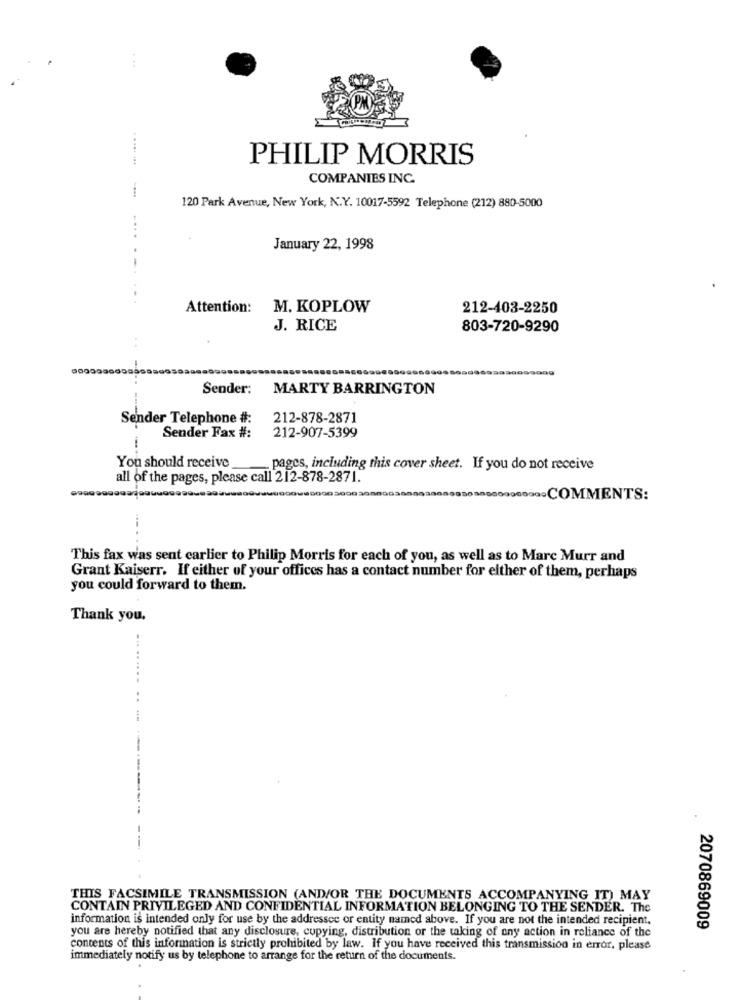
. ..
..... ...
PHILIP MORRIS
COMPANIES INC.
120 Park Avenue, New York, N.Y. 10017-5592 Telephone (212) 880-5000
January 22, 1998
Attention:
M. KOPLOW
212-403-2250
J. RICE
803-720-9290
..
Sender: MARTY BARRINGTON
Sender Telephone #:
212-878-2871
212-907-5399
Sender Fax #:
You should receive
pages, including this cover sheet. If you do not receive
all of the pages, please call 212-878-2871.
9000000.COMMENTS:
This fax was sent carlier to Philip Morris for each of you, as well as to Marc Murr and
Grant Kaiserr. If either of your offices has a contact number for either of them, perhaps
you could forward to them.
Thank you.
THIS FACSIMILE TRANSMISSION (AND/OR THE DOCUMENTS ACCOMPANYING IT) MAY
CONTAIN PRIVILEGED AND CONFIDENTIAL INFORMATION BELONGING TO THE SENDER. The
information is intended only for use by the addressee or entity named above. If you are not the intended recipient,
you are hereby notified that any disclosure, copying, distribution or the taking of any action in reliance of the
2070869009
contents of this information is strictly prohibited by law. If you have received this transmission in error, please
immediately notify us by telephone to arrange for the return of the documents.